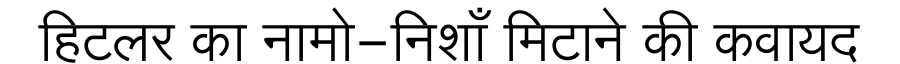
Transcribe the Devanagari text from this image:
हिटलर का नामो-निशाँ मिटाने की कवायद